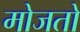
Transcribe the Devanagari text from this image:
मोजतो